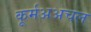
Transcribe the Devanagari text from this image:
कूर्मअअचल